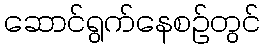
ဆောင်ရွက်နေစဉ်တွင်